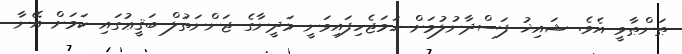
ޠަންޠާވީ އެވެ. ޝައިޚު ފަސްދާނުލުމަށް ހަމަޖެހިފައިވަނީ މަދީނާގެ ޖަންނަތުލް ބަޤީޢުގައި ކަމަށް އޭނާ